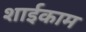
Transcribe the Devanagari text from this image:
शाईकाम